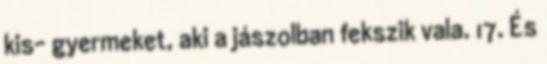
kis− gyermeket, aki a jászolban fekszik vala. 17. És